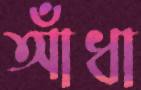
আঁধা